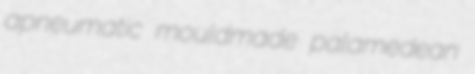
apneumatic mouldmade palamedean